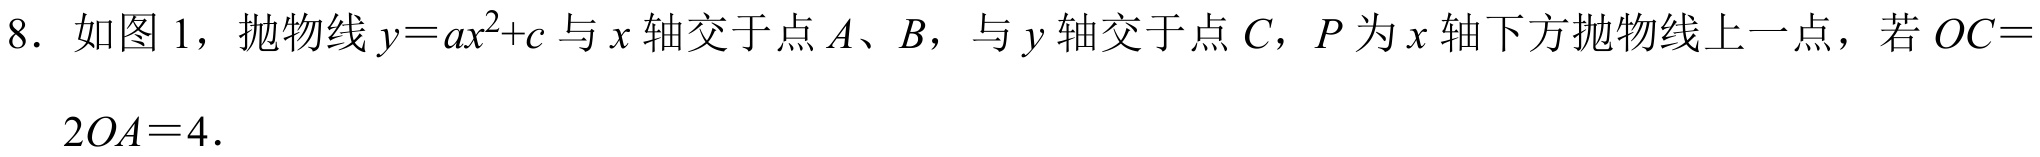
8. 如图 1，抛物线 \(y = ax^{2}+c\) 与 \(x\) 轴交于点 \(A\)、\(B\)，与 \(y\) 轴交于点 \(C\)，\(P\) 为 \(x\) 轴下方抛物线上一点，若 \(OC = 2OA = 4\).